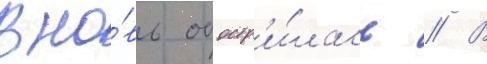
вно́вь обостр'и́лась // В